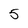
Character: 5